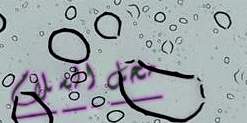
محل السلام